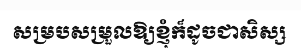
សម្របសម្រួលឱ្យខ្ញុំក៏ដូចជាសិស្ស